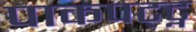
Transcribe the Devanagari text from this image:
पाकपट्ट्न